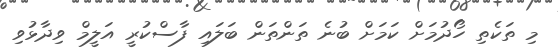
މި ތަކެތި ހޯދުމަށް ކަމަށް ބުނެ ތަންތަން ބަލައި ފާސްކުރީ އަލީމް ވިދާޅުވި